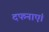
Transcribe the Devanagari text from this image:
दफनाएं।